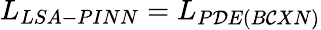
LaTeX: L_{LSA-PINN}=L_{P\mathcal{D}E(B\mathcal{C}XN)}